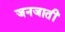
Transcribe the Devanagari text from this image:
जनजातीं